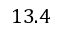
1 3 . 4